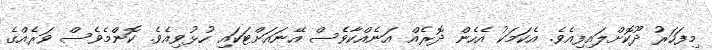
މިފަހަރު ދޫކޮށްލައިފިއެވެ. އެކަމަކު އެހެން ދޮރެއް އަނެއްކާވެސް އޭނައަށްޓަކައި ހުޅުވިއެވެ. ކޮންމެވެސް ވަރެއްގެ